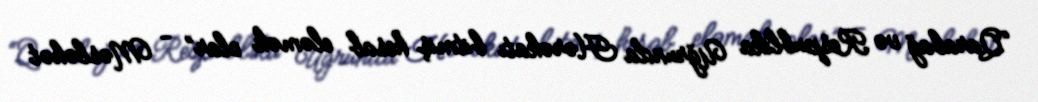
“Qarabağ və Respublika Uğrunda Hərəkatı bitmiş hesab eləmək olar” - Məsləhət